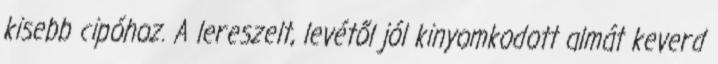
kisebb cipóhoz. A lereszelt, levétől jól kinyomkodott almát keverd